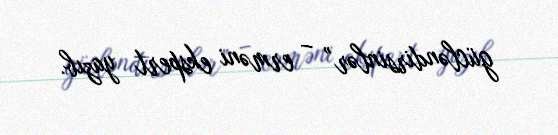
gücləndirsinlər” – erməni ekspert yazıb.